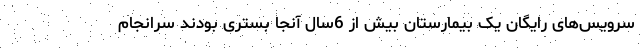
سرویس‌های رایگان یک بیمارستان بیش از 6سال آنجا بستری بودند سرانجام